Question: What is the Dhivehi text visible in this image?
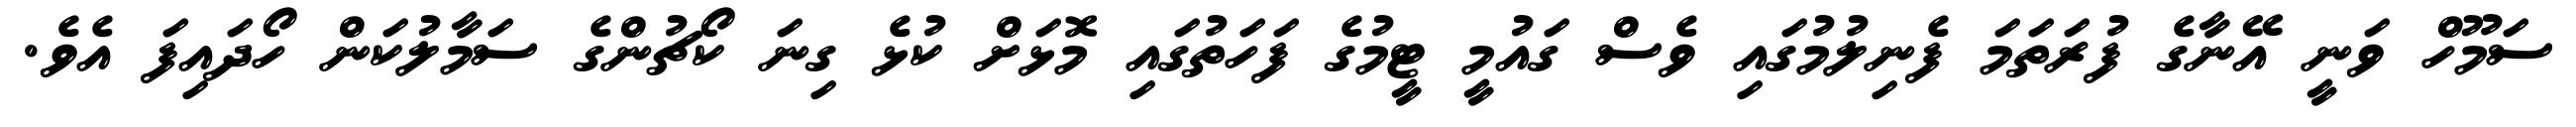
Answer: ސަމޫހް ވަނީ އޭނާގެ ފުރަތަމަ ފެނިލުމުގައި ވެސް ގައުމީ ޓީމުގެ ފަހަތުގައި މޮޅަށް ކުޅެ ގިނަ ކޯޗުންގެ ސަމާލުކަން ހޯދައިފަ އެވެ.